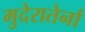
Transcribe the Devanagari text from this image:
मुदेरातेर्ना